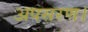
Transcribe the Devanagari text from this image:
अपसरण।